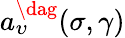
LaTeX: a_{\upsilon}^{\dag}(\sigma,\gamma)